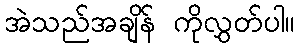
အဲသည်အချိန် ကိုလွှတ်ပါ။